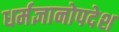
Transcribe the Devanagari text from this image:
धर्मज्ञानोपदेश